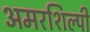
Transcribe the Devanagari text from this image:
अमरशिल्पी